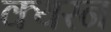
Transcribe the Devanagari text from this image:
क्यरन